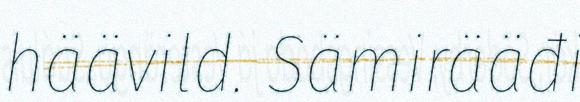
häävild. Sämirääđi